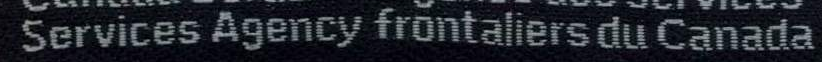
Services Agency frontaliers du Canada